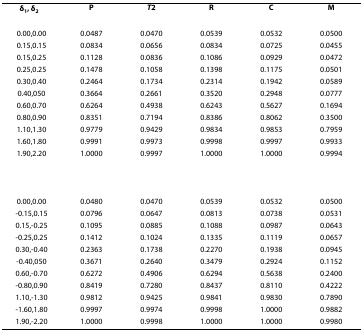
<table><thead><tr><td><b>δ<sub>1</sub>, δ<sub>2</sub></b></td><td><b>P</b></td><td><b><i>T</i><sup>2</sup></b></td><td><b>R</b></td><td><b>C</b></td><td><b>M</b></td></tr></thead><tbody><tr><td>0.00,0.00</td><td>0.0487</td><td>0.0470</td><td>0.0539</td><td>0.0532</td><td>0.0500</td></tr><tr><td>0.15,0.15</td><td>0.0834</td><td>0.0656</td><td>0.0834</td><td>0.0725</td><td>0.0455</td></tr><tr><td>0.15,0.25</td><td>0.1128</td><td>0.0836</td><td>0.1086</td><td>0.0929</td><td>0.0472</td></tr><tr><td>0.25,0.25</td><td>0.1478</td><td>0.1058</td><td>0.1398</td><td>0.1175</td><td>0.0501</td></tr><tr><td>0.30,0.40</td><td>0.2464</td><td>0.1734</td><td>0.2314</td><td>0.1942</td><td>0.0589</td></tr><tr><td>0.40,050</td><td>0.3664</td><td>0.2661</td><td>0.3520</td><td>0.2948</td><td>0.0777</td></tr><tr><td>0.60,0.70</td><td>0.6264</td><td>0.4938</td><td>0.6243</td><td>0.5627</td><td>0.1694</td></tr><tr><td>0.80,0.90</td><td>0.8351</td><td>0.7194</td><td>0.8386</td><td>0.8062</td><td>0.3500</td></tr><tr><td>1.10,1.30</td><td>0.9779</td><td>0.9429</td><td>0.9834</td><td>0.9853</td><td>0.7959</td></tr><tr><td>1.60,1.80</td><td>0.9991</td><td>0.9973</td><td>0.9998</td><td>0.9997</td><td>0.9933</td></tr><tr><td>1.90,2.20</td><td>1.0000</td><td>0.9997</td><td>1.0000</td><td>1.0000</td><td>0.9994</td></tr><tr><td>0.00,0.00</td><td>0.0480</td><td>0.0470</td><td>0.0539</td><td>0.0532</td><td>0.0500</td></tr><tr><td>-0.15,0.15</td><td>0.0796</td><td>0.0647</td><td>0.0813</td><td>0.0738</td><td>0.0531</td></tr><tr><td>0.15,-0.25</td><td>0.1095</td><td>0.0885</td><td>0.1088</td><td>0.0987</td><td>0.0643</td></tr><tr><td>-0.25,0.25</td><td>0.1412</td><td>0.1024</td><td>0.1335</td><td>0.1119</td><td>0.0657</td></tr><tr><td>0.30,-0.40</td><td>0.2363</td><td>0.1738</td><td>0.2270</td><td>0.1938</td><td>0.0945</td></tr><tr><td>-0.40,050</td><td>0.3671</td><td>0.2640</td><td>0.3479</td><td>0.2924</td><td>0.1152</td></tr><tr><td>0.60,-0.70</td><td>0.6272</td><td>0.4906</td><td>0.6294</td><td>0.5638</td><td>0.2400</td></tr><tr><td>-0.80,0.90</td><td>0.8419</td><td>0.7280</td><td>0.8437</td><td>0.8110</td><td>0.4222</td></tr><tr><td>1.10,-1.30</td><td>0.9812</td><td>0.9425</td><td>0.9841</td><td>0.9830</td><td>0.7890</td></tr><tr><td>-1.60,1.80</td><td>0.9997</td><td>0.9974</td><td>0.9998</td><td>1.0000</td><td>0.9882</td></tr><tr><td>1.90,-2.20</td><td>1.0000</td><td>0.9998</td><td>1.0000</td><td>1.0000</td><td>0.9980</td></tr></tbody></table>